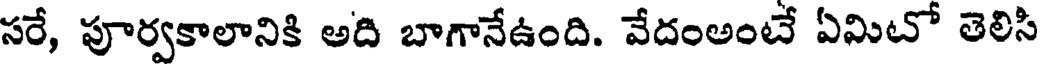
సరే, పూర్వకాలానికి అది బాగానేఉంది. వేదంఅంటే ఏమిటో తెలిసి